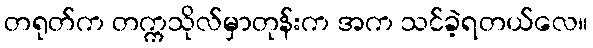
တရုတ်က တက္ကသိုလ်မှာတုန်းက အက သင်ခဲ့ရတယ်လေ။